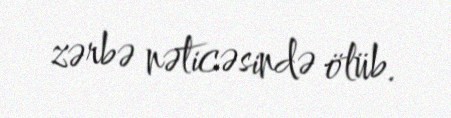
zərbə nəticəsində ölüb.